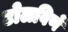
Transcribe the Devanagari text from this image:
टोलविणे